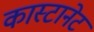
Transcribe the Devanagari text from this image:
कास्टानेट